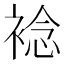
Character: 𧛋